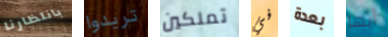
بانتظارنا تريدوا تملكين في بعدة أيها